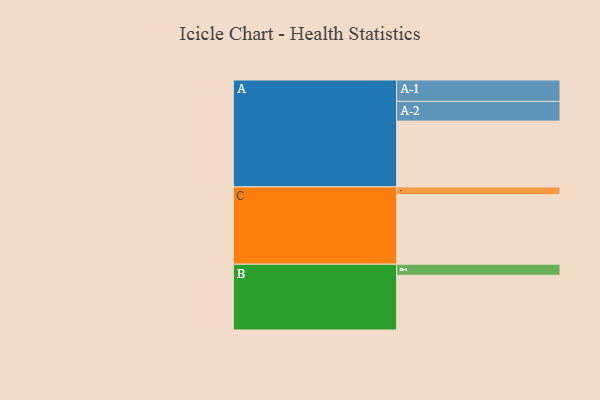
{"axis": {"x": "Segment", "y": "Value"}, "legend": ["", "A", "B", "C"], "data": [{"x": "A", "y": 557, "type": ""}, {"x": "B", "y": 463, "type": ""}, {"x": "C", "y": 588, "type": ""}, {"x": "A-1", "y": 181, "type": "A"}, {"x": "A-2", "y": 167, "type": "A"}, {"x": "B-1", "y": 94, "type": "B"}, {"x": "C-1", "y": 66, "type": "C"}]}